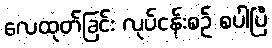
လေထုတ်ခြင်း လုပ်ငန်းစဉ် စပါပြီ